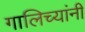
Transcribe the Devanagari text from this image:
गालिच्यांनी